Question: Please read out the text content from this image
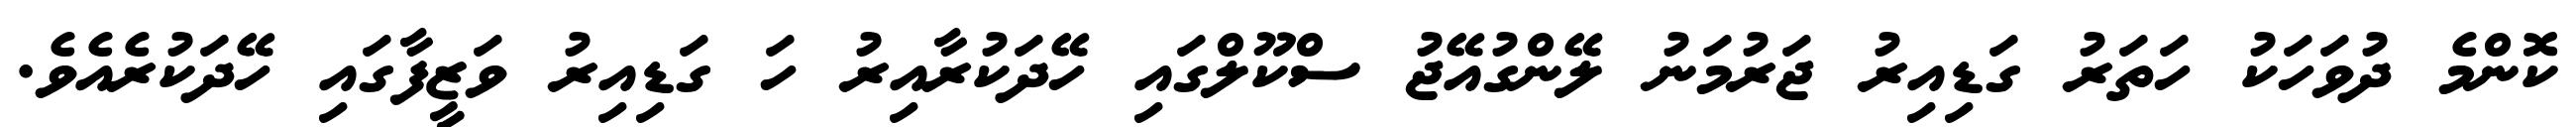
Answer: ކޮންމެ ދުވަހަކު ހަތަރު ގަޑިއިރު ޖަރުމަނު ލޭންގުއޭޖު ސްކޫލްގައި ހޭދަކުރާއިރު ހަ ގަޑިއިރު ވަޒީފާގައި ހޭދަކުރެއެވެ.